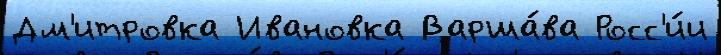
Дм'итровка Ивановка Варша́ва Росс'и́и